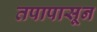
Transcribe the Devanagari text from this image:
तपापासून